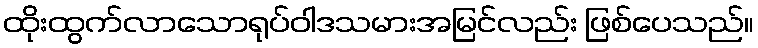
ထိုးထွက်လာသောရုပ်ဝါဒသမားအမြင်လည်း ဖြစ်ပေသည်။